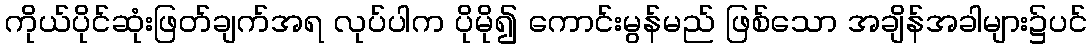
ကိုယ်ပိုင်ဆုံးဖြတ်ချက်အရ လုပ်ပါက ပိုမို၍ ကောင်းမွန်မည် ဖြစ်သော အချိန်အခါများ၌ပင်